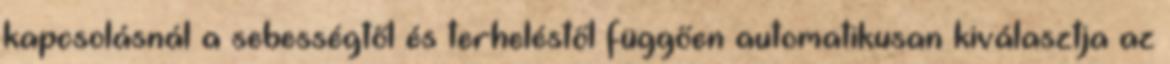
kapcsolásnál a sebességtől és terheléstől függően automatikusan kiválasztja az